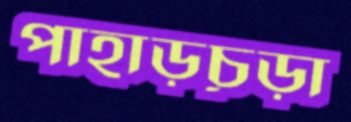
পাহাড়চূড়া